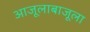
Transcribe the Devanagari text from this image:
आजूलाबाजूला